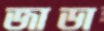
জাডা